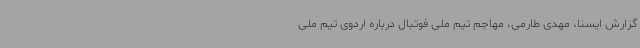
گزارش ایسنا، مهدی طارمی، مهاجم تیم ملی فوتبال درباره اردوی تیم ملی